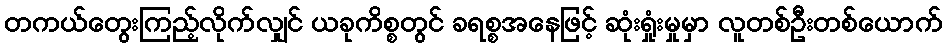
တကယ်တွေးကြည့်လိုက်လျှင် ယခုကိစ္စတွင် ခရစ္စအနေဖြင့် ဆုံးရှုံးမှုမှာ လူတစ်ဦးတစ်ယောက်